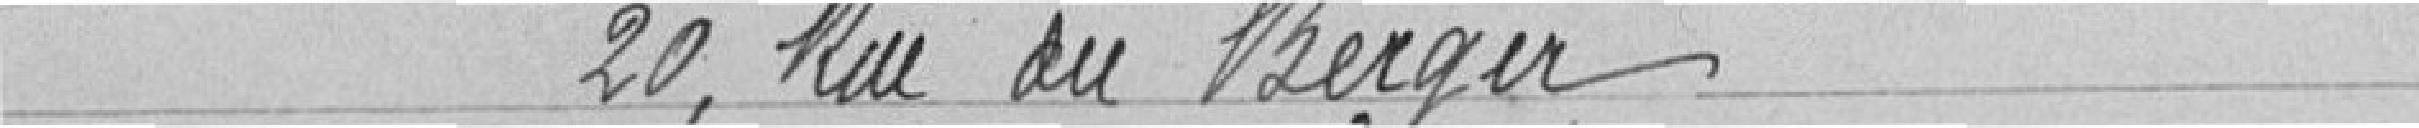
20, rue du Berger